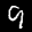
Label: 9